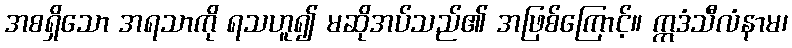
အစရှိသော အရသာကို ရသဟူ၍ မဆိုအပ်သည်၏ အဖြစ်ကြောင့်။ ဣဒံသီလံနာမ၊